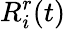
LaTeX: R_{i}^{r}(t)